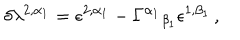
\delta \lambda ^ { 2 , \alpha _ { 1 } } = \epsilon ^ { 2 , \alpha _ { 1 } } - \Gamma ^ { \alpha _ { 1 } } { } _ { \beta _ { 1 } } \epsilon ^ { 1 , \beta _ { 1 } } \, ,